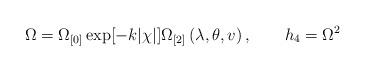
LaTeX: \begin{align*}\Omega =\Omega _{\lbrack 0]}\exp [-k|\chi |]\Omega _{\lbrack 2]}\left(\lambda ,\theta ,v\right) , \qquad h_{4}=\Omega ^{2}\end{align*}